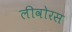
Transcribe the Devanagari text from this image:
लीवोरस